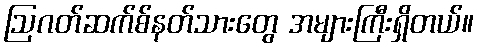
ဩဂတ်ဆက်စ်နတ်သားတွေ အများကြီးရှိတယ်။